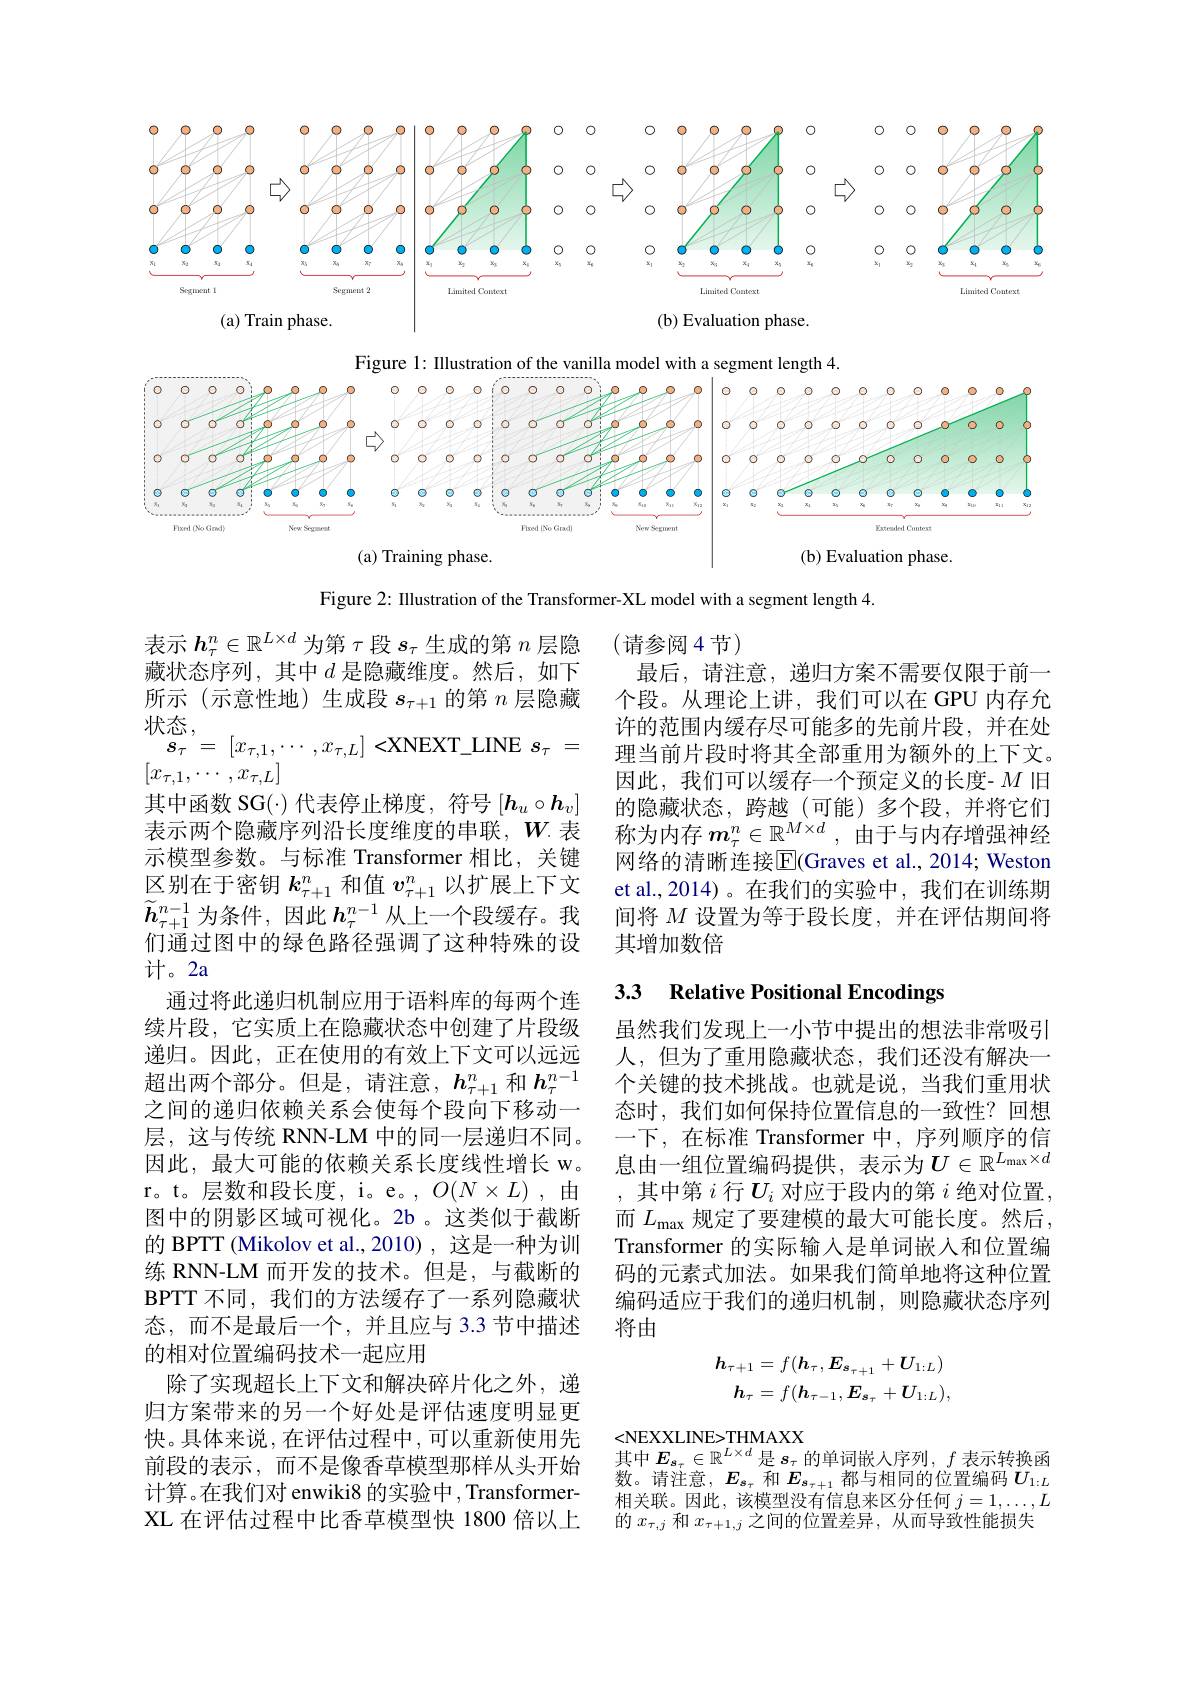
<FigureHere>

Figure 1:Illustration of the vanilla model

length 4.

<FigureHere>

Figure 2: Illustration of the Transformer-XL model with a segment length 4.

(请参阅4节)
最后，请注意，递归方案不需要仅限于前一个段。从理论上讲，我们可以在 GPU 内存允许的范围内缓存尽可能多的先前片段，并在处理当前片段时将其全部重用为额外的上下文。因此，我们可以缓存一个预定义的长度- $M$旧的隐藏状态，跨越(可能)多个段，并将它们称为内存$m_\tau^n\in\mathbb{R}^{M\times d}$,由于与内存增强神经网络的清晰连接$\overline{\mathrm{E}}($Graves et al.,2014; Weston et al.,2014)。在我们的实验中，我们在训练期间将$M$设置为等于段长度，并在评估期间将其增加数倍

## 3.3 Relative Positional Encodings

表示$h_\tau^n\in\mathbb{R}^{L\times d}$为第$\tau$段$s_\tau$生成的第$n$层隐藏状态序列，其中$d$ 是隐藏维度。然后，如下所示(示意性地)生成段$s_\tau+1$的第$n$层隐藏$[x_{\tau,1},\cdots,x_{\tau,L}]$
其中函数 SG(·)代表停止梯度，符号$[\boldsymbol h_u\circ\boldsymbol h_v]$ 表示两个隐藏序列沿长度维度的串联，$W$.表示模型参数。与标准 Transformer 相比，关键区别在于密钥$k_\tau+1^n$和值$v_{\tau+1}^n$以扩展上下文$\widetilde{\boldsymbol{h}}_{\tau+1}^{n-1}$为条件，因此$h_\mathrm{\tau}^{n-1}$从上一个段缓存。我们通过图中的绿色路径强调了这种特殊的设计。2a
通过将此递归机制应用于语料库的每两个连续片段，它实质上在隐藏状态中创建了片段级递归。因此，正在使用的有效上下文可以远远超出两个部分。但是，请注意，$h_\tau+1^n$和$h_\tau^{n-1}$ 之间的递归依赖关系会使每个段向下移动一层，这与传统 RNN-LM 中的同一层递归不同。因此，最大可能的依赖关系长度线性增长 w。r。t。层数和段长度，i。e。,$O(N\times L)$,由图中的阴影区域可视化。2b 。这类似于截断的 BPTT (Mikolov et al.,2010), 这是一种为训练 RNN-LM 而开发的技术。但是，与截断的BPTT 不同，我们的方法缓存了一系列隐藏状态，而不是最后一个，并且应与 3.3 节中描述的相对位置编码技术一起应用
除了实现超长上下文和解决碎片化之外，递归方案带来的另一个好处是评估速度明显更快。具体来说，在评估过程中，可以重新使用先前段的表示，而不是像香草模型那样从头开始计算。在我们对 enwiki8 的实验中 , TransformerXL 在评估过程中比香草模型快 1800 倍以上

虽然我们发现上一小节中提出的想法非常吸引人，但为了重用隐藏状态，我们还没有解决一个关键的技术挑战。也就是说，当我们重用状态时，我们如何保持位置信息的一致性？回想一下，在标准 Transformer 中，序列顺序的信息由一组位置编码提供，表示为$U\in\mathbb{R}^L_{\mathrm{max}}\times d$
其中第$i$行$U_i$对应于段内的第$i$绝对位置， 而$L_\mathrm{max}$规定了要建模的最大可能长度。然后， Transformer 的实际输入是单词嵌入和位置编码的元素式加法。如果我们简单地将这种位置编码适应于我们的递归机制，则隐藏状态序列将由
$$h_{\tau+1}=f(h_{\tau},E_{s_{\tau+1}}+U_{1:L})\\h_{\tau}=f(h_{\tau-1},E_{s_{\tau}}+U_{1:L}),$$
<NEXXLINE>THMAXX
其中$E_{s_\tau}\in\mathbb{R}^{L\times d}$是$s_\tau$的单词嵌人序列$,f$ 表示转换函数。请注意，$E_{s_\tau}$和$E_{s_{\tau+1}}$都与相同的位置编码$U_1:L$ 相关联。因此，该模型没有信息来区分任何$j=1,\ldots,L$ 的$x_{\tau,j}$和$x_{\tau+1,j}$之间的位置差异，从而导致性能损失